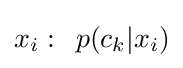
x_{i}:\,\,\,p(c_{k}|x_{i})